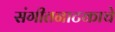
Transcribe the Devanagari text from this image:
संगीतनाटकाचे